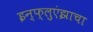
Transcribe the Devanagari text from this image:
इन्फ्लुएंझाचा